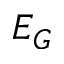
E _ { G }